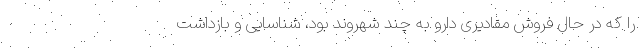
را که در حال فروش مقادیری دارو به چند شهروند بود، شناسایی و بازداشت